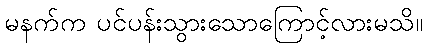
မနက်က ပင်ပန်းသွားသောကြောင့်လားမသိ။